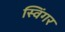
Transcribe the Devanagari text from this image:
स्विंगर